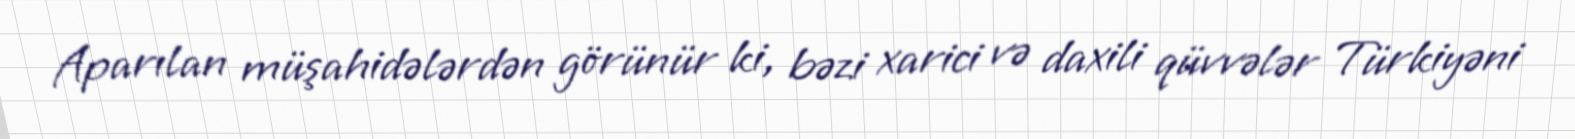
Aparılan müşahidələrdən görünür ki, bəzi xarici və daxili qüvvələr Türkiyəni